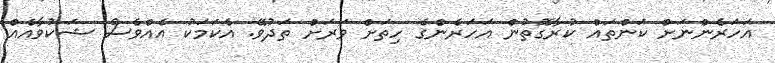
އަހަރެންނަށް ކަންތައް ކުރާގޮތުން އަހަރެންގެ ހިތަށް ވަރަށް ތަދުވޭ. އެކަމަކު އެއްވެސް ޝަކުވާއެއް